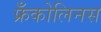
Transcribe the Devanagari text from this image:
फ्रँकोलिनस